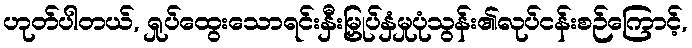
ဟုတ်ပါတယ်, ရှုပ်ထွေးသောရင်းနှီးမြှုပ်နှံမှုပုံသွန်း၏လုပ်ငန်းစဉ်ကြောင့်,